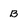
Character: B